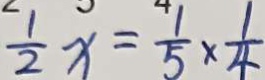
\frac { 1 } { 2 } x = \frac { 1 } { 5 } \times \frac { 1 } { 4 }